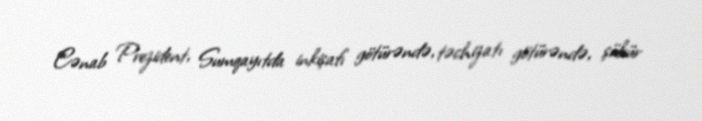
Cənab Prezident, Sumqayıtda inkişafı götürəndə, təchizatı götürəndə, şükür